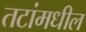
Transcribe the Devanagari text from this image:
तटांमधील